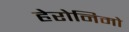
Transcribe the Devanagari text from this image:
हेरोनिमो